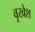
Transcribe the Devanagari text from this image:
वृखेश